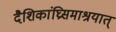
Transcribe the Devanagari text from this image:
दैशिकांघ्रिसमाश्रयात्